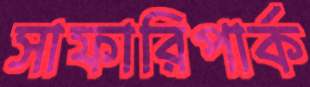
সাফারিপার্ক